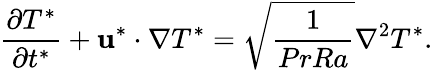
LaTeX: \frac{\partial T^{*}}{\partial t^{*}}+\mathbf{u}^{*}\cdot\nabla T^{*}=\sqrt{\frac{1}{PrRa}}\nabla^{2}T^{*}.